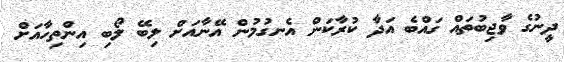
ދީނުގެ ވާޖިބުތައް ގައްބެ އަދާ ކުރާކަން އެނގުމުން އޭނާއަށް ލިބޭ ލޯބި އިންތިހާއަށް